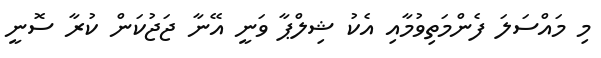
މި މައްސަލަ ފެންމަތިވުމާއި އެކު ޝިލްޕާ ވަނީ އޭނާ ޖަޖުކަން ކުރާ ސޮނީ